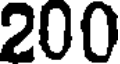
200